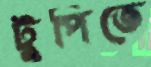
টুপিতে